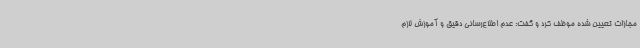
مجازات تعیین شده موظف کرد و گفت: عدم اطلاع‌رسانی دقیق و آموزش لازم